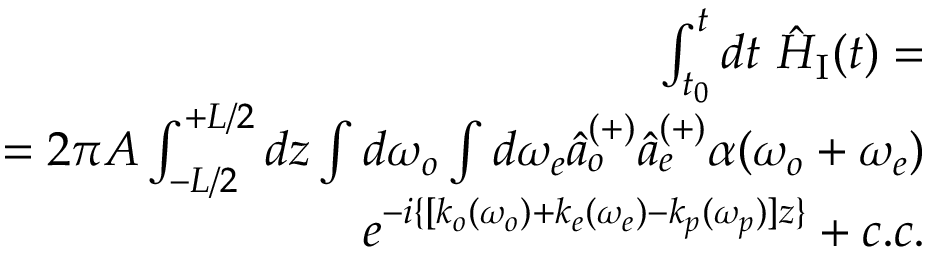
\begin{array} { r } { \int _ { t _ { 0 } } ^ { t } d t ~ \hat { H } _ { \mathrm { I } } ( t ) = } \\ { = 2 \pi A \int _ { - L / 2 } ^ { + L / 2 } d z \int d \omega _ { o } \int d \omega _ { e } \hat { a } _ { o } ^ { ( + ) } \hat { a } _ { e } ^ { ( + ) } \alpha ( \omega _ { o } + \omega _ { e } ) } \\ { e ^ { - i \{ [ k _ { o } ( \omega _ { o } ) + k _ { e } ( \omega _ { e } ) - k _ { p } ( \omega _ { p } ) ] z \} } + c . c . } \end{array}